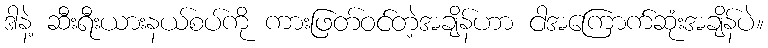
ဒါနဲ့ ဆီးရီးယားနယ်စပ်ကို ကားဖြတ်ဝင်တဲ့အချိန်ဟာ ငါအကြောက်ဆုံးအချိန်ပဲ။